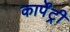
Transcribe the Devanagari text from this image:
कार्पेंट्री